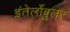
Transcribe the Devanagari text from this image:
इंतेर्लोबुलर